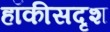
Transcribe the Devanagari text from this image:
हॉकीसदृश